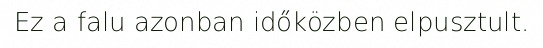
Ez a falu azonban időközben elpusztult.